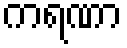
ကရဏာ